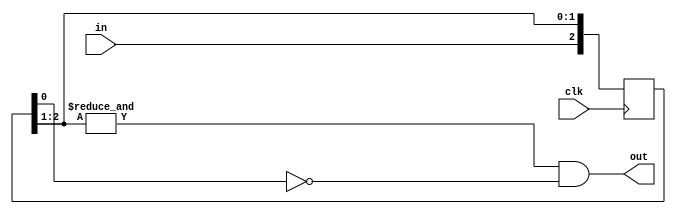
`timescale 1ns / 1ps
//////////////////////////////////////////////////////////////////////////////////
// Company: 
// Engineer: 
// 
// Design Name: 
// Module Name: button
// Project Name: 
// Target Devices: 
// Tool Versions: 
// Description: 
// 
// Dependencies: 
// 
// Revision:
// Revision 0.01 - File Created
// Additional Comments:
// 
//////////////////////////////////////////////////////////////////////////////////


module button(
    input clk,
    input in,
    output out
    );
    
    localparam N = 3;
    
    reg [N - 1:0] Q_reg, Q_next;
    
    always @(posedge clk)
    begin
        Q_reg <= Q_next;
    end
    
    // Next state logic
    always @(Q_reg, in)
    begin
        // Right shift
        Q_next = {in, Q_reg[N - 1:1]};
    end
    
    // Output logic
    assign out = (&Q_reg[N - 1:1]) & ~Q_reg[0];
endmodule